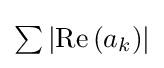
{\textstyle \sum \left|\operatorname {Re} \left(a_{k}\right)\right|}